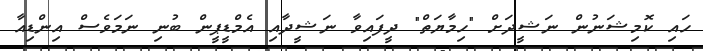
ހައި ކޮމިޝަނުން ނަޝީދަށް "ހިމާޔަތް" ދީފައިވާ ނަޝީދާއި އެމްޑީޕީން ބުނި ނަމަވެސް އިންޑިއާ